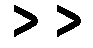
>>